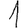
Digit: 1